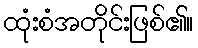
ထုံးစံအတိုင်းဖြစ်၏။